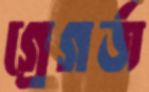
গ্রেগর্জ